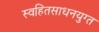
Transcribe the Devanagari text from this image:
स्वहितसाधनयुग्त